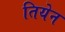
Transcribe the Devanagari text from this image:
तियेन